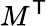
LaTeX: M^{\mathsf{T}}